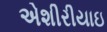
એશીરીયાઇ